画像に写った文字を読んでください
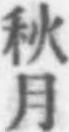
「秋月」と書いてあります